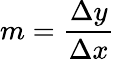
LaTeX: m={\frac{\Delta y}{\Delta x}}